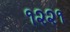
૧૨૨૧